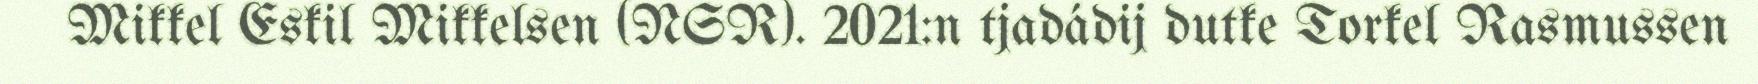
Mikkel Eskil Mikkelsen (NSR). 2021:n tjadádij dutke Torkel Rasmussen